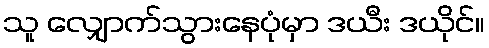
သူ လျှောက်သွားနေပုံမှာ ဒယီး ဒယိုင်။